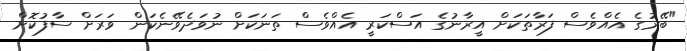
"ބޭރުގެ އެއްވެސް ފަރާތަކަށް އީރާނުގެ އަސްކަރީ އެއްވެސް ތަނަކަށް ނުވަދެވޭނެކަން ވަރަށް ސާފުކޮށް